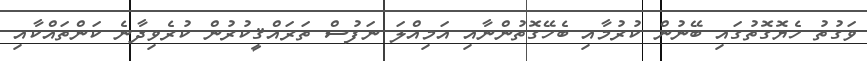
ވަގުތު ހެޔޮގޮތުގައި ބޭނުން ކުރުމާއި ބެހޭގޮތުންނާއި އަމިއްލަ ނަފުސް ތަރައްޤީކުރުން ކުރެވިދާނެ ކަންތައްކާއި